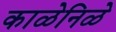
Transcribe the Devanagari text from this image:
काळेनिळे